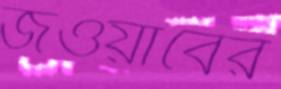
জওয়াবের